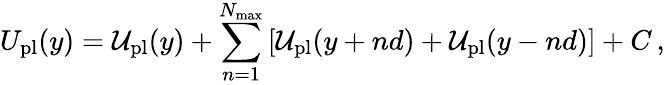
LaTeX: U_{\mathrm{pl}}(y)={\cal U}_{\mathrm{pl}}(y)+\sum_{n=1}^{N_{\operatorname*{max}}}\left[{\cal U}_{\mathrm{pl}}(y+nd)+{\cal U}_{\mathrm{pl}}(y-nd)\right]+C\, ,